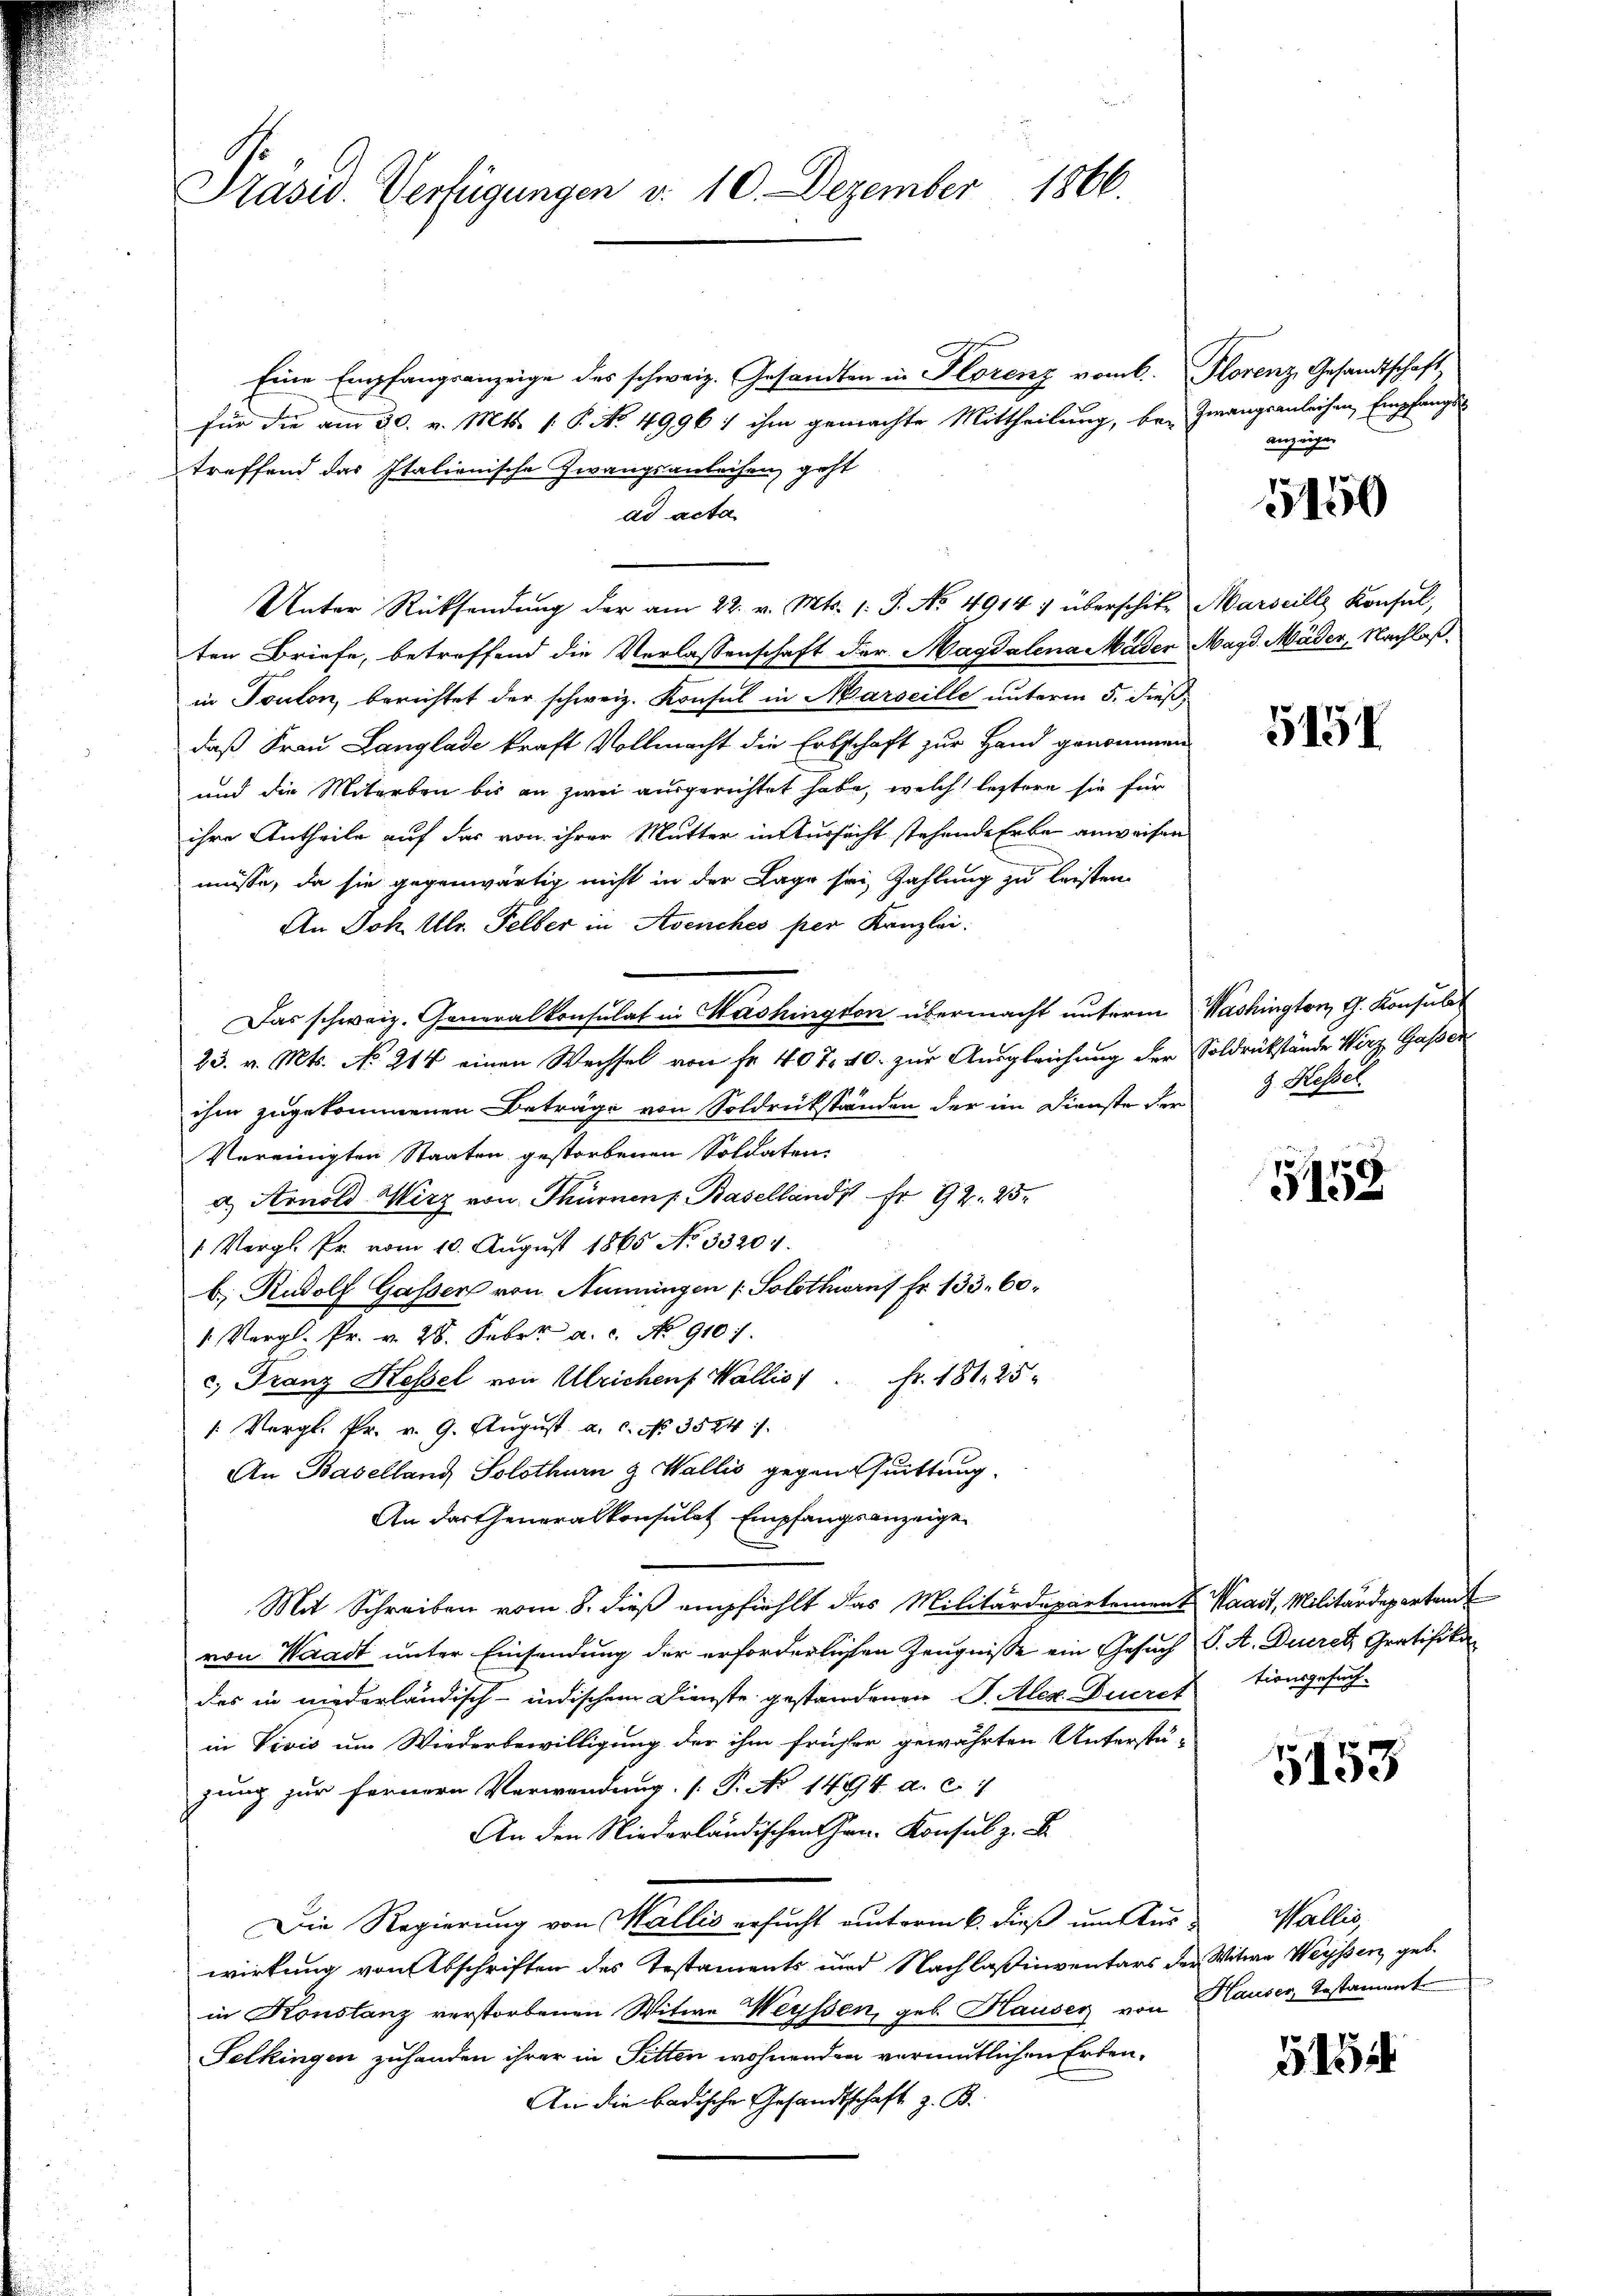
Präsid. Verfügungen v. 10. Dezember 1866.

Eine Empfangsanzeige des schweiz. Gesandten in Florenz vom 6. Florenz Gesandtschaft
für die am 30. v. Mts. (: P. No. 4996 1 ihm gemachte Mittheilung, bei Zwangsanleihen Empfangstreffend das Italienische Zwangsanleihen, geht
ad acta
Unter Rücksendŭng der am 22. v. Mts. 1. J. No. 4914 1 überschik, Marseille Konsul,
ten Briefe, betreffend die Verlassenschaft der Magdalena Mäder Magd Mäder, Nachlaßin Toulon, berichtet der schweiz. Konsul in Marseille unterm 5. dieß,
daß Frau Langlade kraft Vollmacht die Erbschaft zur Hand genommen
und die Miterben bis an zwei ausgerichtet habe, welch leztere sie für
ihre Antheile auf das von ihrer Mutter in Tursicht stehende Erbe anweisen
müsse, da sie gegenwärtig nicht in der Lage sei, Zahlung zu leisten
An Joh. Ulr. Felber in Avenches per Kanzlei:
Das schweiz. Generalkonsulat in Washington übermacht unterm
23. v. Mts. No. 214 einen Wechsel von Fr. 407. 40. zur Ausgleichung der Soldrückstände Wirz Gaßen
ihm zugekommenen Beträge von Soldrückständen der im Dienste der 3 Hessel
Vereinigten Staaten gestorbenen Soldaten
a. Arnold Wirz von Thürnen Basellands Fr. 92. 25.
" Vergl. Pr. vom 10. August 1865 No 33204.
b. Rudolf Gasser von Numungen (Solothurns Fr. 133. 60
1 Vergl. Pr. v. 28. Febr. a. c. No 910.
c. Franz Hessel von Ulrichen Wallis 1 Fr. 181, 25
: Vergl. Pr. v. 9. August, a. c. No. 3584.
An Baselland Solothurn & Wallis gegen suittung.
An das Generalkonsulat Empfangsanzeige
Mit Schreiben vom 8. dieß empfiehlt das Militärdepartement Waadt, Militärdepartend
von Waadt unter Einsendung der erforderlichen Zeugnisse ein Gesuch
des in niederländisch-indischem Dienste gestandenen S. Alex. Ducrektionsgesuch-
in Vivis um Wiederbewilligung der ihm früher gewährten Unterstü-
zung zur fernern Verwendung. (T. No 1494. a. c. 1
An den Niederländischen Hrn. Konsul z. B.
Die Regierung von Wallis ersucht unterm 6. dieß um Aus Wallis,
wirkung von Abschriften des Testaments und Nachlaßinventars der Witwe Weyssen geb.
in Konstanz verstorbenen Witwe Weyssen, geb. Hauser von
Selkingen zuhanden ihrer in Sitten wohnenden veraitlichen Erben¬
An die badische Gesandtschaft z. B.

anzeigen.

5150

5151

Washington, G. Konsulat

3158

S. A. Durch Gratifika

5153

Hauser, Testament

515